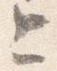
上